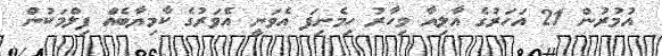
އުމުރުން 21 އަހަރުގެ އާލިއާ މިހާރު ހިމެނިފަ އެވަނީ އެވަރުގެ ކާމިޔާބެއް ފިލްމަކުން